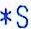
*S